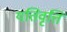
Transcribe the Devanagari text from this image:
यतिवृत्ति